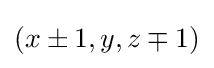
\textstyle (x\pm 1,y,z\mp 1)